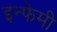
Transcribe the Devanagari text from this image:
इन्फेमी